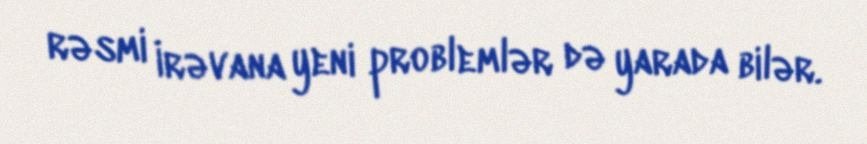
rəsmi İrəvana yeni problemlər də yarada bilər.